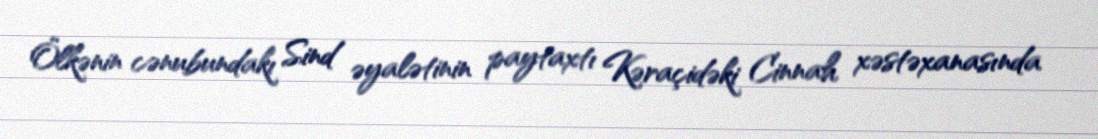
Ölkənin cənubundakı Sind əyalətinin paytaxtı Kəraçidəki Cinnah xəstəxanasında